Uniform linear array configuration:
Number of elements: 64
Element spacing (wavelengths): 0.25
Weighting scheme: blackman
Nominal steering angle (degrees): -15
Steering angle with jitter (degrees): -14.349
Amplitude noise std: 0.05
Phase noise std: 0.05

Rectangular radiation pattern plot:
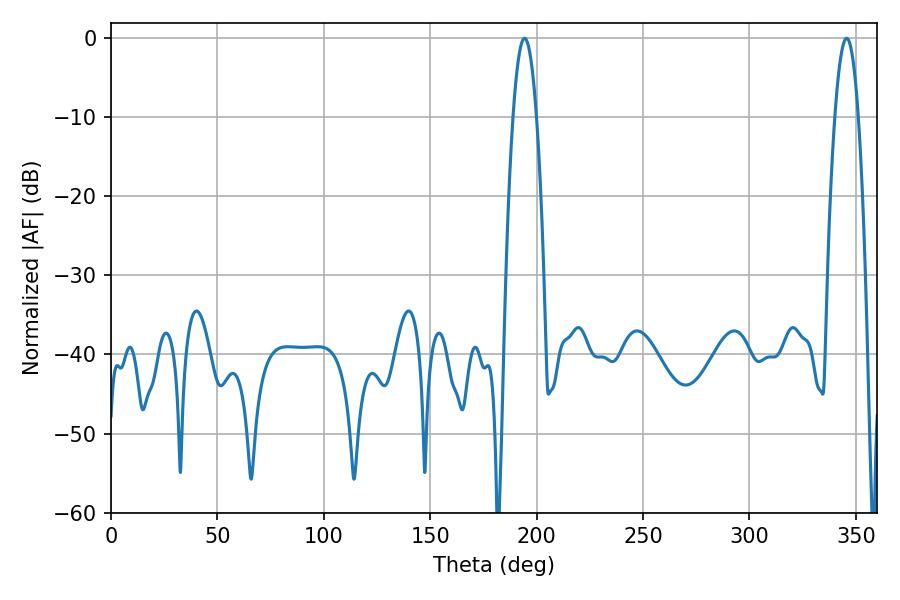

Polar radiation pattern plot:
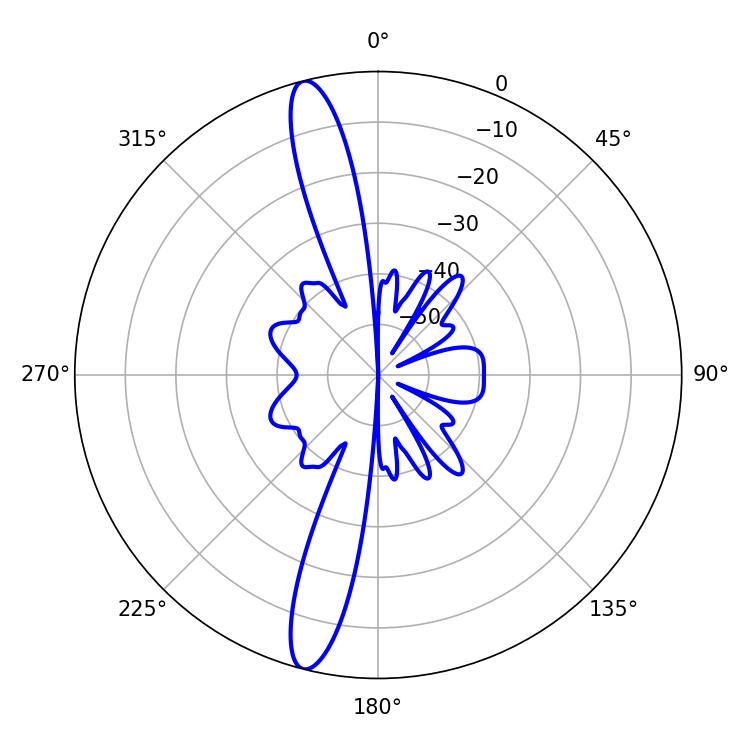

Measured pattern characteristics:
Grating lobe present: FALSE
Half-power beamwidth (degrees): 5.94
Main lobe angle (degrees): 345.6